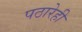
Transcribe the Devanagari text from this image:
पठारेही